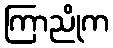
ကြာညိုက